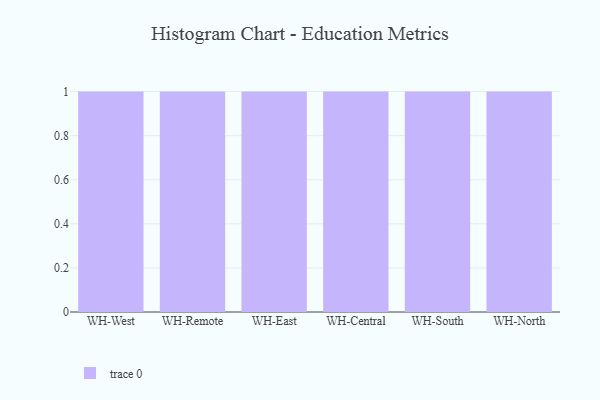
{"axis": {"x": "Warehouse", "y": "Inventory Turnover"}, "legend": [""], "data": [{"x": "WH-West", "y": 47, "type": ""}, {"x": "WH-Remote", "y": 13, "type": ""}, {"x": "WH-East", "y": 29, "type": ""}, {"x": "WH-Central", "y": 59, "type": ""}, {"x": "WH-South", "y": 9, "type": ""}, {"x": "WH-North", "y": 13, "type": ""}]}